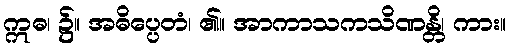
ဣဓ၊ ၌။ အဓိပ္ပေတံ၊ ၏။ အာကာသကသိဏန္တိ၊ ကား။